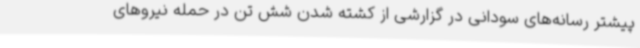
پیشتر رسانه‌های سودانی در گزارشی از کشته شدن شش تن در حمله نیروهای